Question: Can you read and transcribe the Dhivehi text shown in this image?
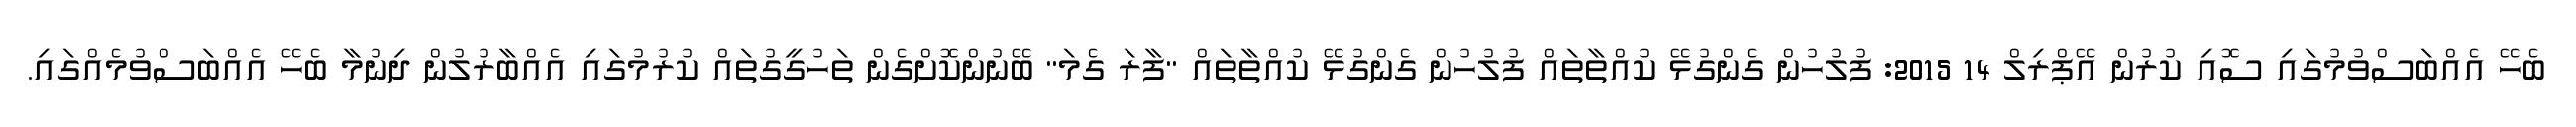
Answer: ބެހޭ އެއްބަސްވުމުގައި ސޮއި ކުރުން އޭޕްރިލް 14 2015: ފުލުހުން ގެންގުޅޭ ކުއްތާތައް ފުލުހުން ގެންގުޅޭ ކުއްތާތައް "ފާރަ ގެމަ" ބޭނުންކޮށްގެން ތަހުގީގުތައް ކުރުމުގައި އެއްބާރުލުން ދިނުމާ ބެހޭ އެއްބަސްވުމެއްގައި.